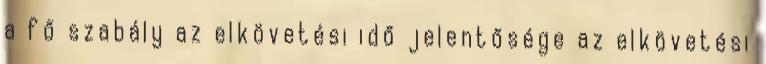
a fő szabály az elkövetési idő jelentősége az elkövetési